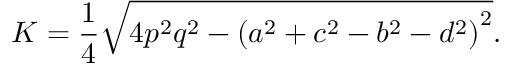
K = { \frac { 1 } { 4 } } { \sqrt { 4 p ^ { 2 } q ^ { 2 } - \left( a ^ { 2 } + c ^ { 2 } - b ^ { 2 } - d ^ { 2 } \right) ^ { 2 } } } .